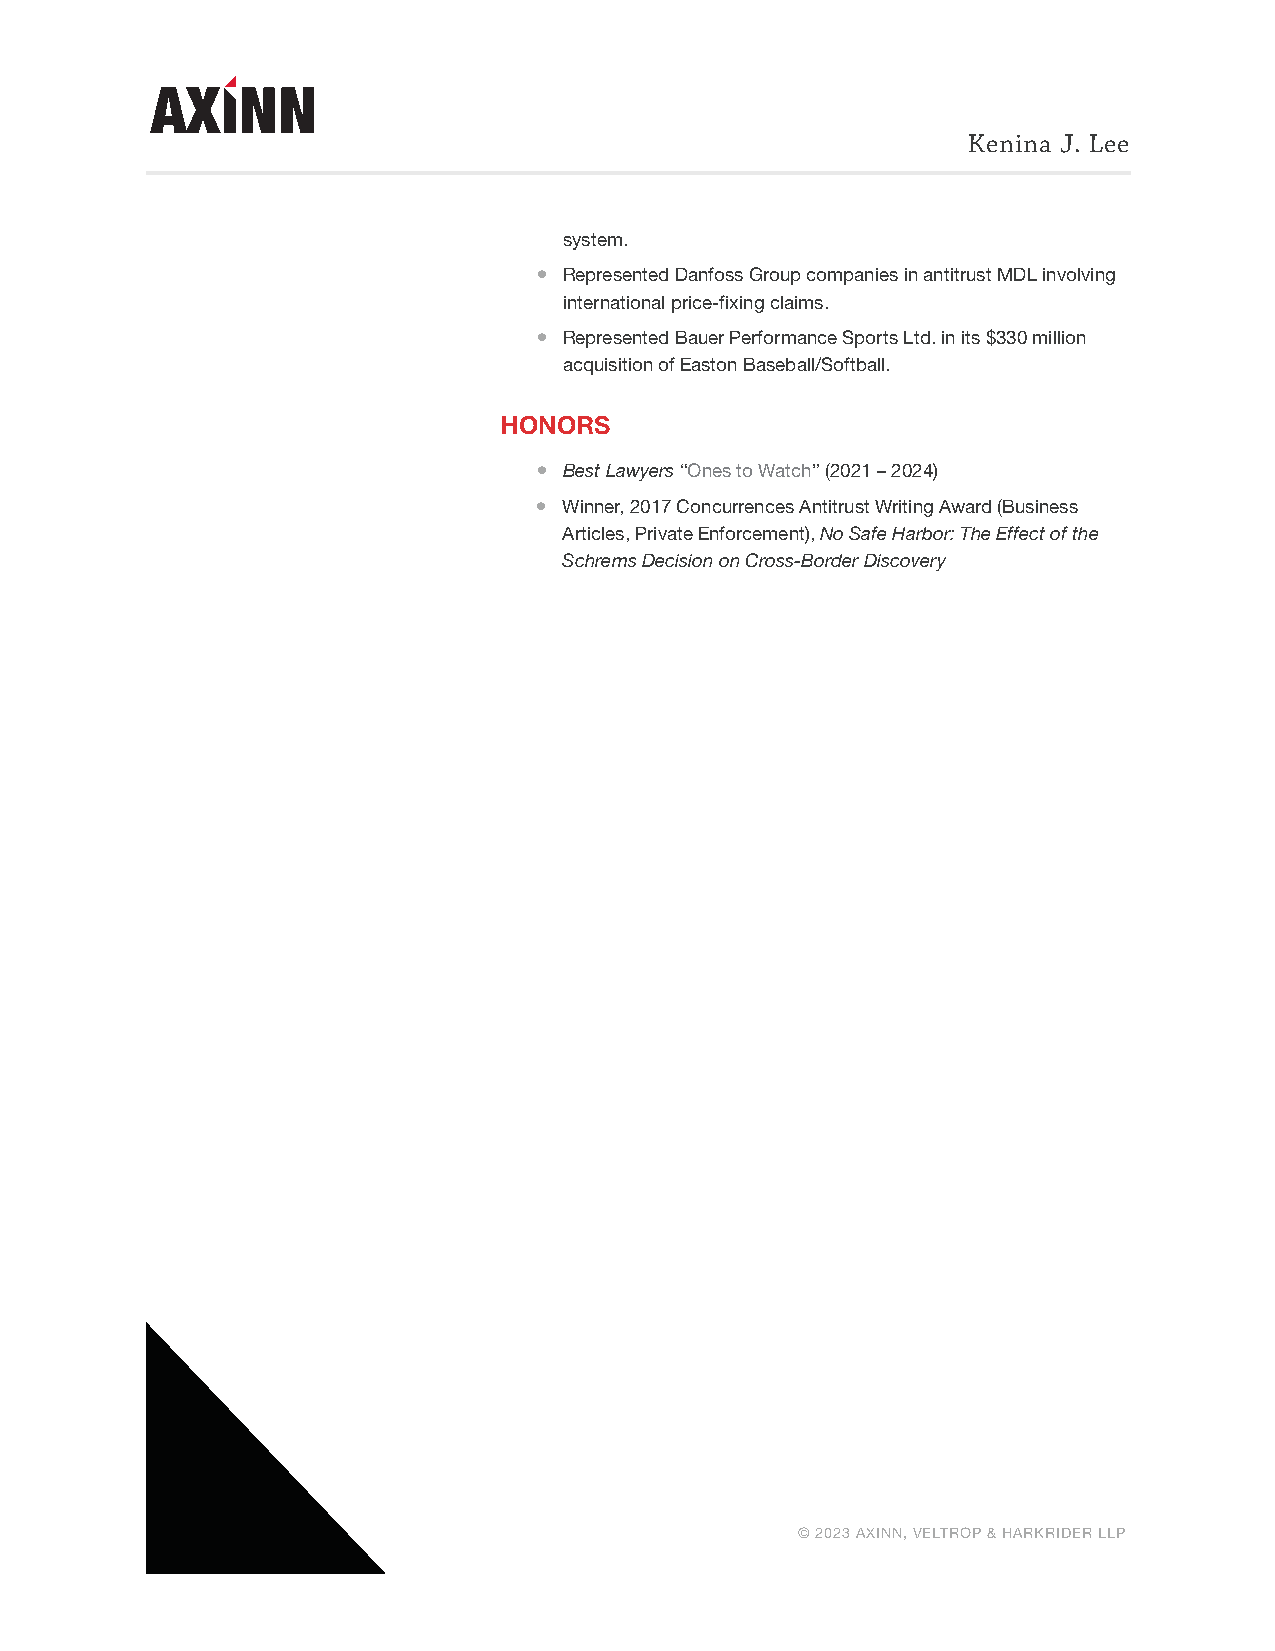
Kenina J. Lee
 system.
 ● Represented Danfoss Group companies in antitrust MDL involving
 international price-fixing claims.
 ● Represented Bauer Performance Sports Ltd. in its $330 million
 acquisition of Easton Baseball/Softball.
 HONORS
 ● Best Lawyers “Ones to Watch” (2021 – 2024)
 ● Winner, 2017 Concurrences Antitrust Writing Award (Business
 Articles, Private Enforcement), No Safe Harbor: The Effect of the
 Schrems Decision on Cross-Border Discovery
 © 2023 AXINN, VELTROP & HARKRIDER LLP